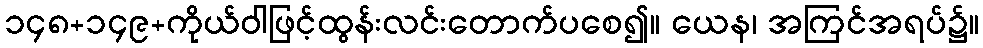
၁၄၈+၁၄၉+ကိုယ်ဝါဖြင့်ထွန်းလင်းတောက်ပစေ၍။ ယေန၊ အကြင်အရပ်၌။